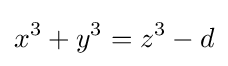
x^{3}+y^{3}=z^{3}-d